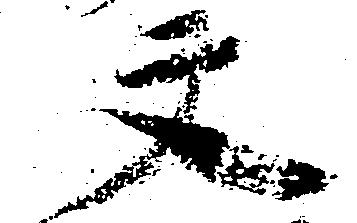
文